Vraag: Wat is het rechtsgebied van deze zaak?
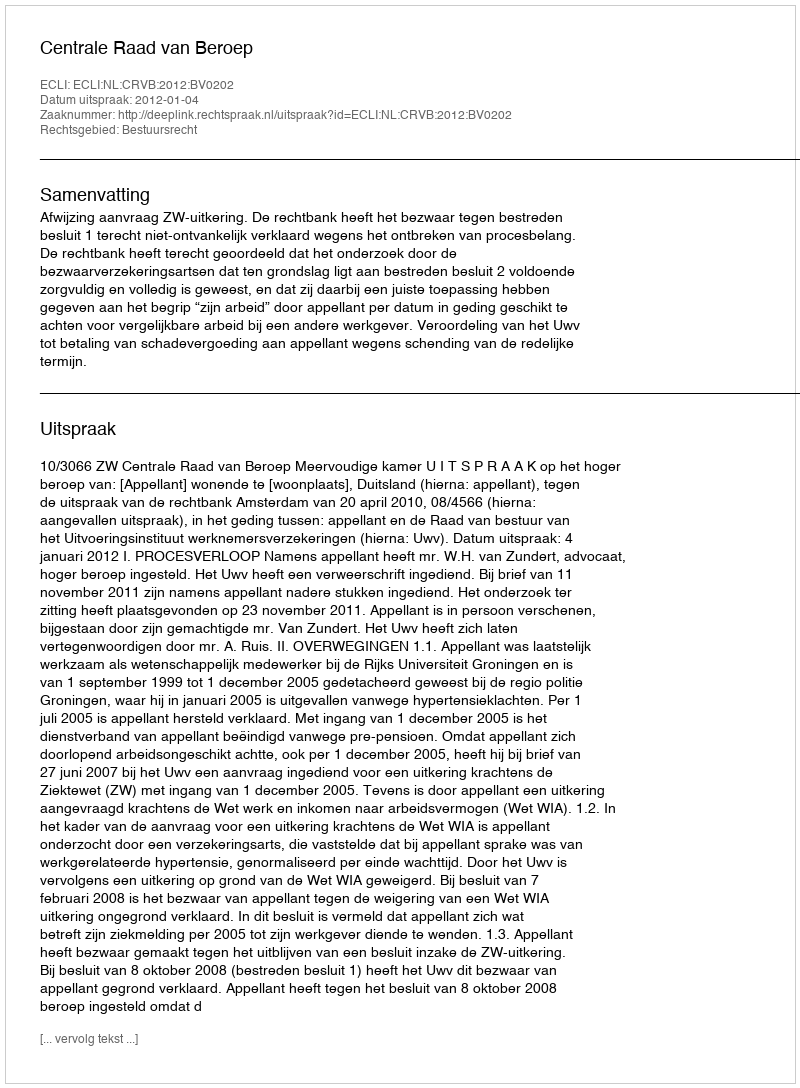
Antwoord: Bestuursrecht